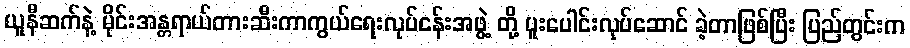
ယူနီဆက်နဲ့ မိုင်းအန္တရာယ်တားဆီးကာကွယ်ရေးလုပ်ငန်းအဖွဲ့ တို့ ပူးပေါင်းလုပ်ဆောင် ခဲ့တာဖြစ်ပြီး ပြည်တွင်းက